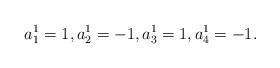
LaTeX: \begin{align*}a_1^1=1,a_2^1=-1,a_3^1=1,a_4^1=-1.\end{align*}